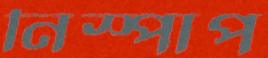
নিস্পাপ